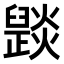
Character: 𤑠